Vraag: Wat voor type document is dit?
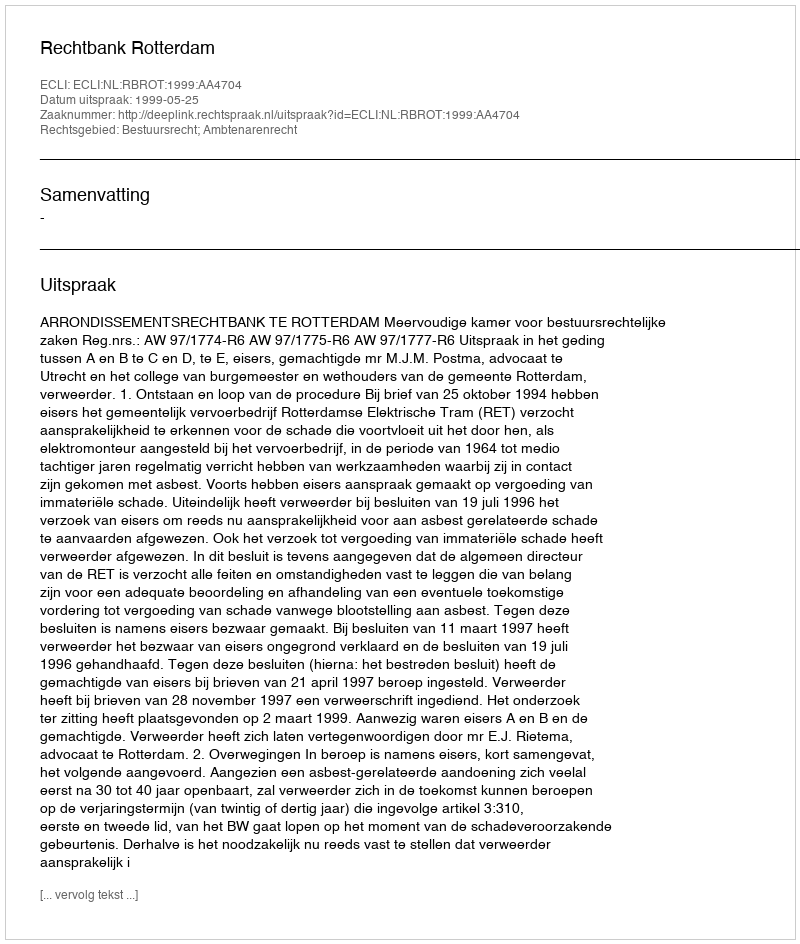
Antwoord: Uitspraak